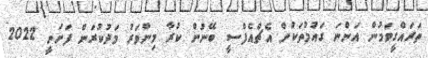
ތަރައްގީވަމުން އަންނަ ގައުމުތަކުން އެޗްއެފްސީ ބޭނުން ކުރާ މިންވަރު މަދުކުރަން ފަށަނީ 2022